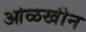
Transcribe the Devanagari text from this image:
ओळखीन